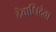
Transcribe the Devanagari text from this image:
देवाधिदेवा